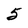
Character: 5